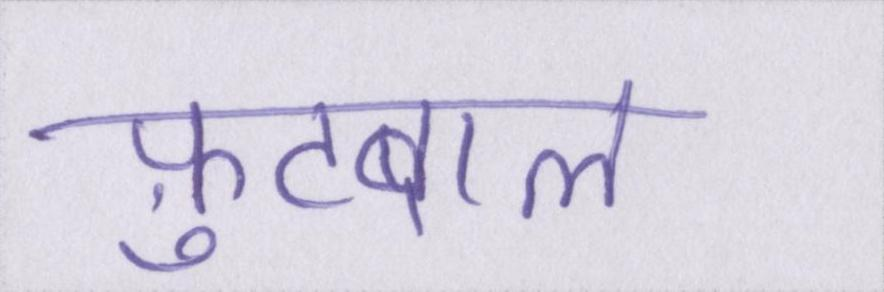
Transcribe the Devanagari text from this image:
फ़ुटबाल